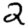
Digit: 2